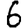
Digit: 6